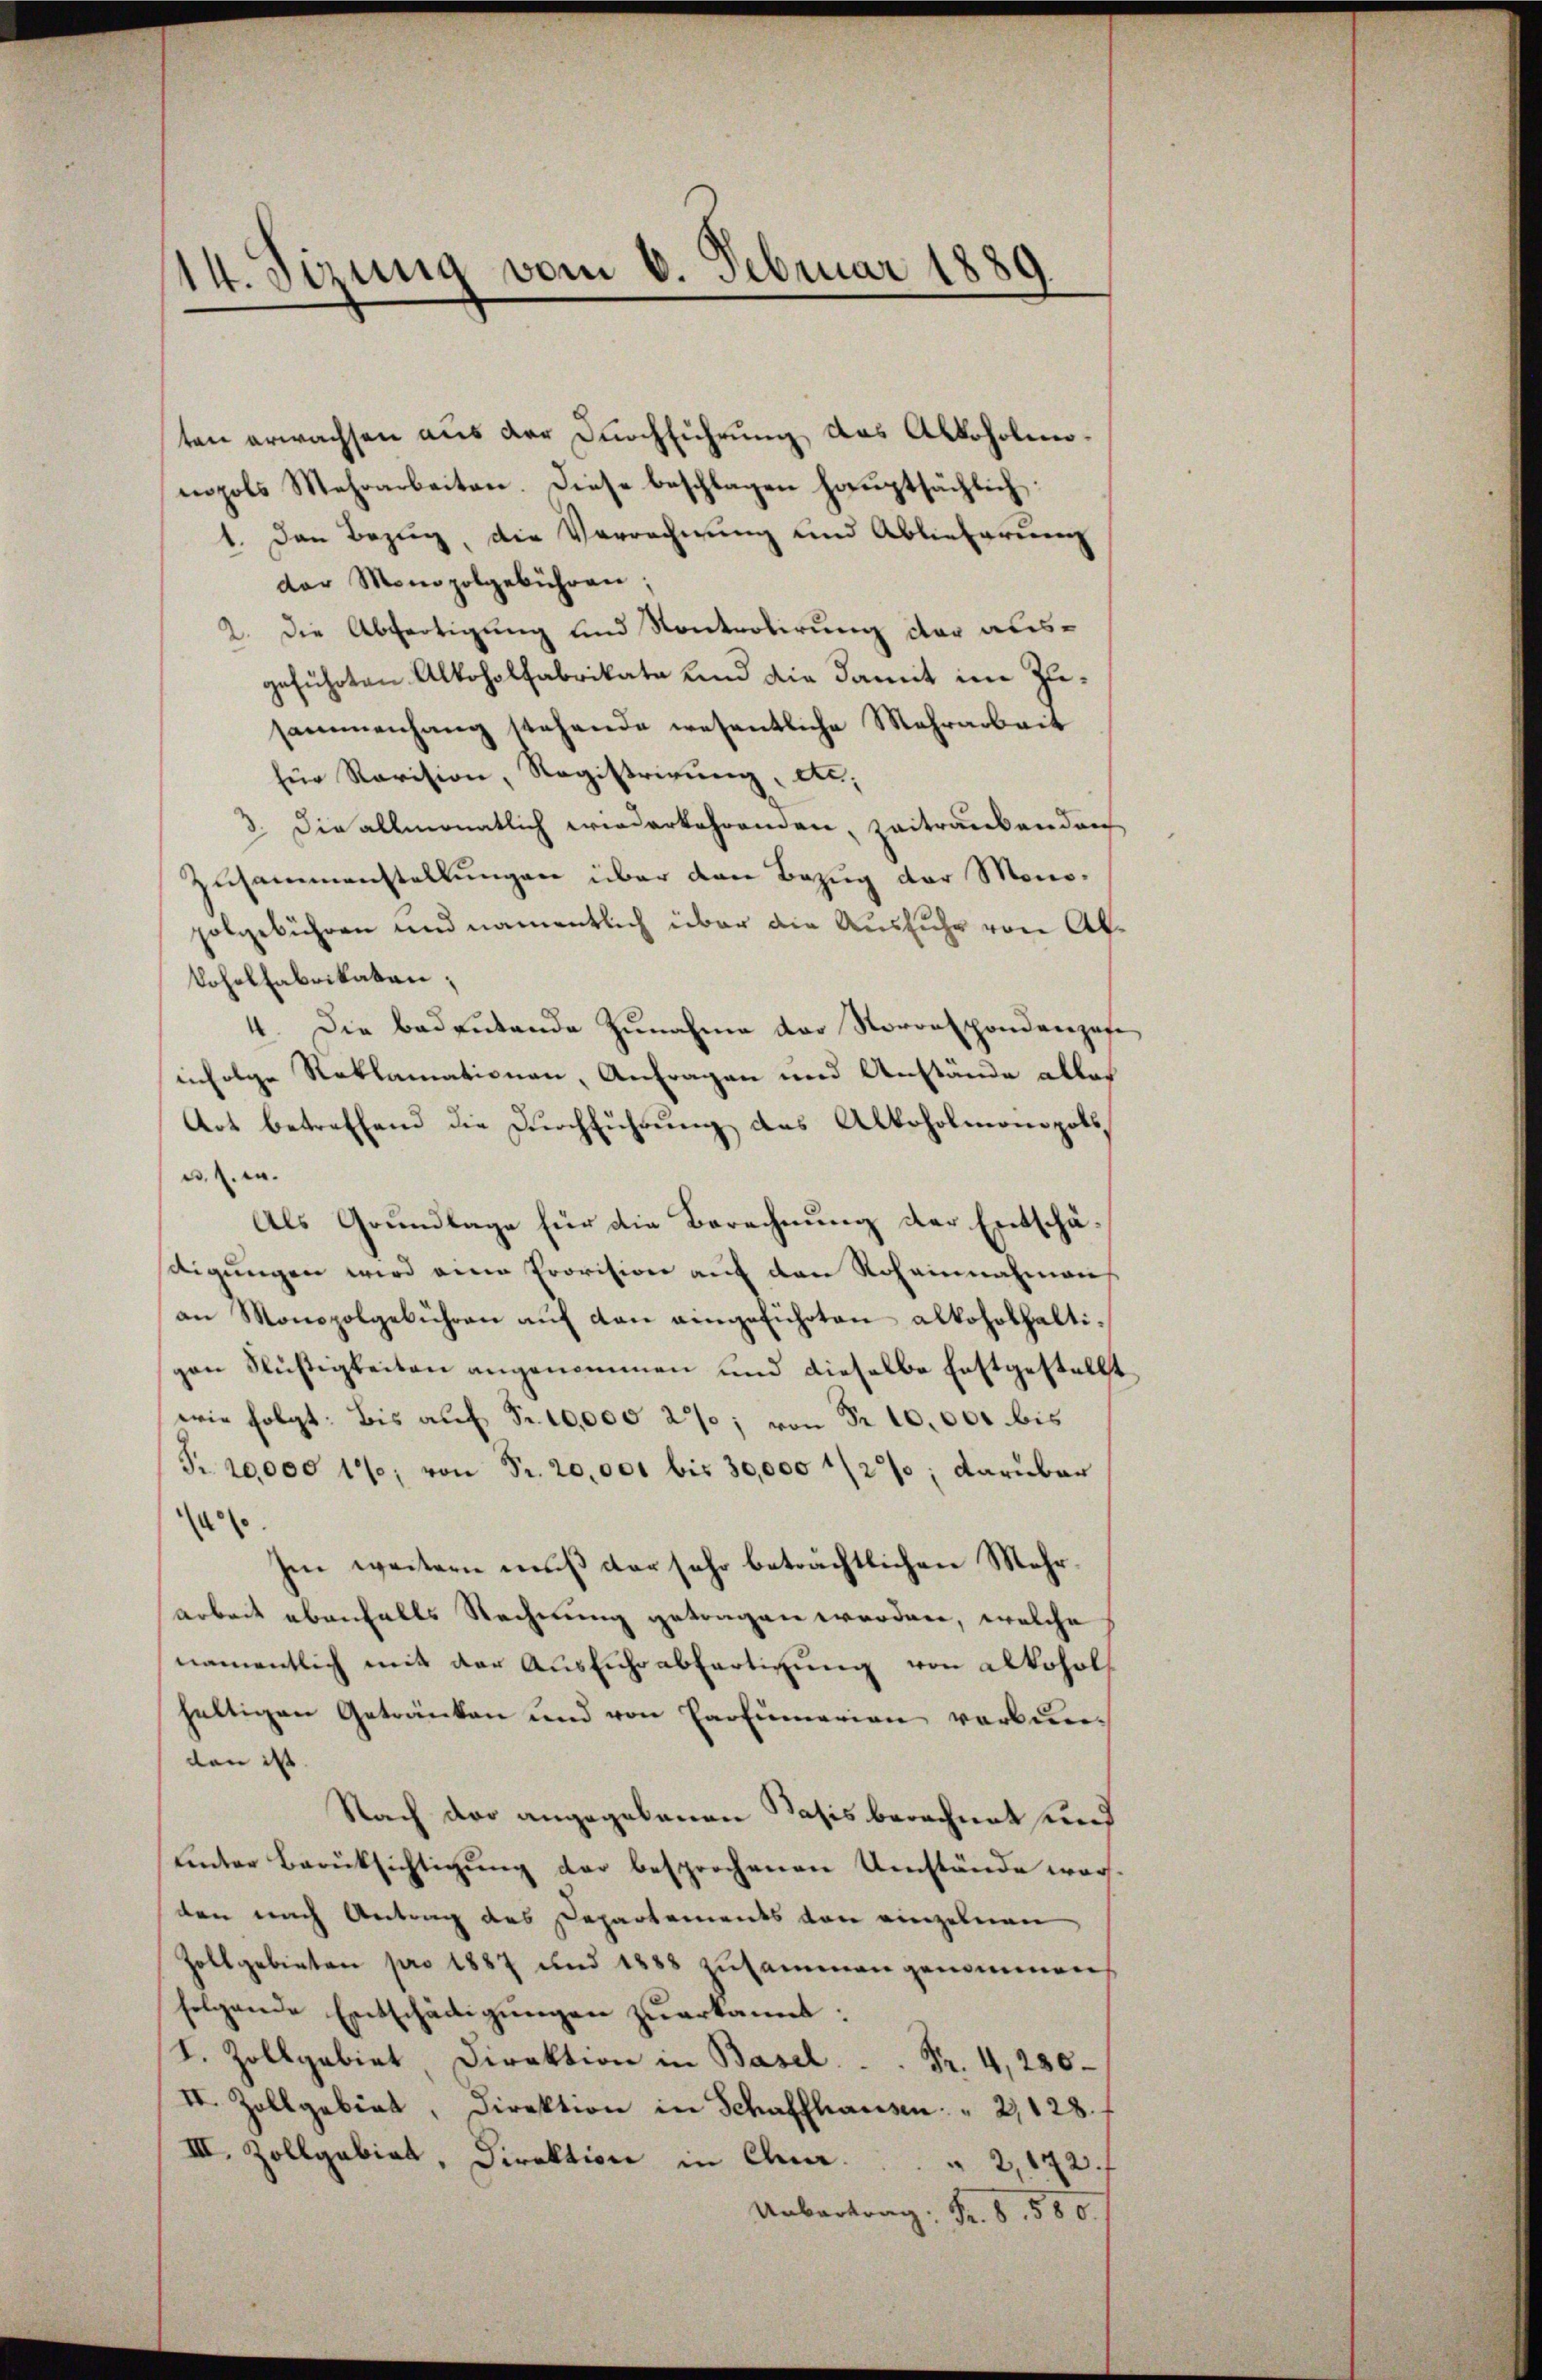
14. Sizung vom 6. Februar 1889.

ten erwachsen aus der Durchführung das Alkoholinopols Mehrarbeiten. Diese beschlagen hauptsächlich:
1. Den Bezug, die Vorrechnung und Ablieferung
der Monopolgebühren:
2. Die Abfertigung und Kontrolirung der ausgeführten Alkoholfabrikate und die damit im Zusammenhang stehende wesentliche Mehrarbeit
für Revision, Registrirung, d.
3. Die allmonatlich wiederkehrenden, zeitraubenden
Zusammenstellungen über den Bezug der Monopolgebühren und namentlich über die Ausfuhr von Abkohelfabrikaten;
4. Die Bedeŭtende Zunahme der Norrespondenzose
infolge Reklamationen, Anfragen und Anstände alles
Art betreffend die Durchführung des Alkoholmonopols,
u. s. w.
Als Grundlage für die Berechnung der Entschäsdigŭngen wird eine Provision auf den Rohannahmens
an Monopolgebühren auf dan angeführten alkoholhaltigen Flüßigkeiten angenommen und dieselbe festgestellt
wie folgt: Bis auf Fr. 10,000 2%; von Fr. 10,000 bis
S. 10000 1%; von Pr. 20,000 bis 30,000 1/2%; darüber
a
hen weitern muß der sehr beträchtlichen Mehrarbeit ebenfalls Rechnung getragen worden, welche
namentlich mit der Ausfuhr abfertigung von Alkohol
heltigen Getränken und von Cartumerien verbun-
den ist.
Nach der angegebenen Basis berechnet und
unter Berüksichtigung der besprochenen Umstände worden nach Antrag des Departements von einzelnen
Zollgebieten pro 1887 und 1888 zusammen genommen,
folgende Entschädigungen zuerkannt:
S. Zollgabiet Direktion in Basel.  ..  Fr. 4,230
II. Zollgebiet, Direktion in Schaffhausen " 2, 128.
III. Zollgabiat, Direktion in Chur . . . . 2, 172 f
Uebertrag: Fr. 8. 580.